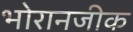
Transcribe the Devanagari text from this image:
भोरानजीक